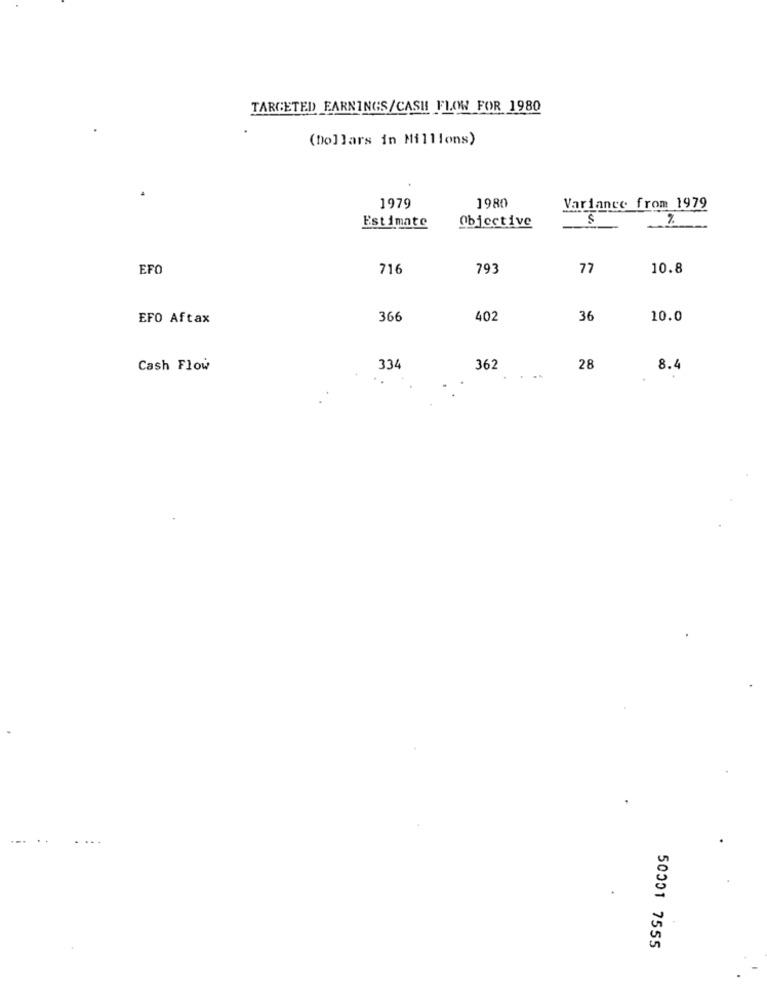
TARGETED EARNINGS/CASH FLOW FOR 1980
(Dollars in Millions)
1979
1980
Variance from 1979
Objective
S
Estimate
EFO
716
793
77
10.8
EFO Aftax
366
402
36
10.0
Cash Flow
334
362
28
8.4
50001 7555